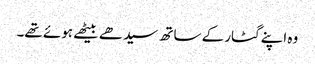
وہ اپنے گٹار کے ساتھ سیدھے بیٹھے ہوئے تھے۔